NAE_ERA_R-2362_Emakeele_Selts, lk 92
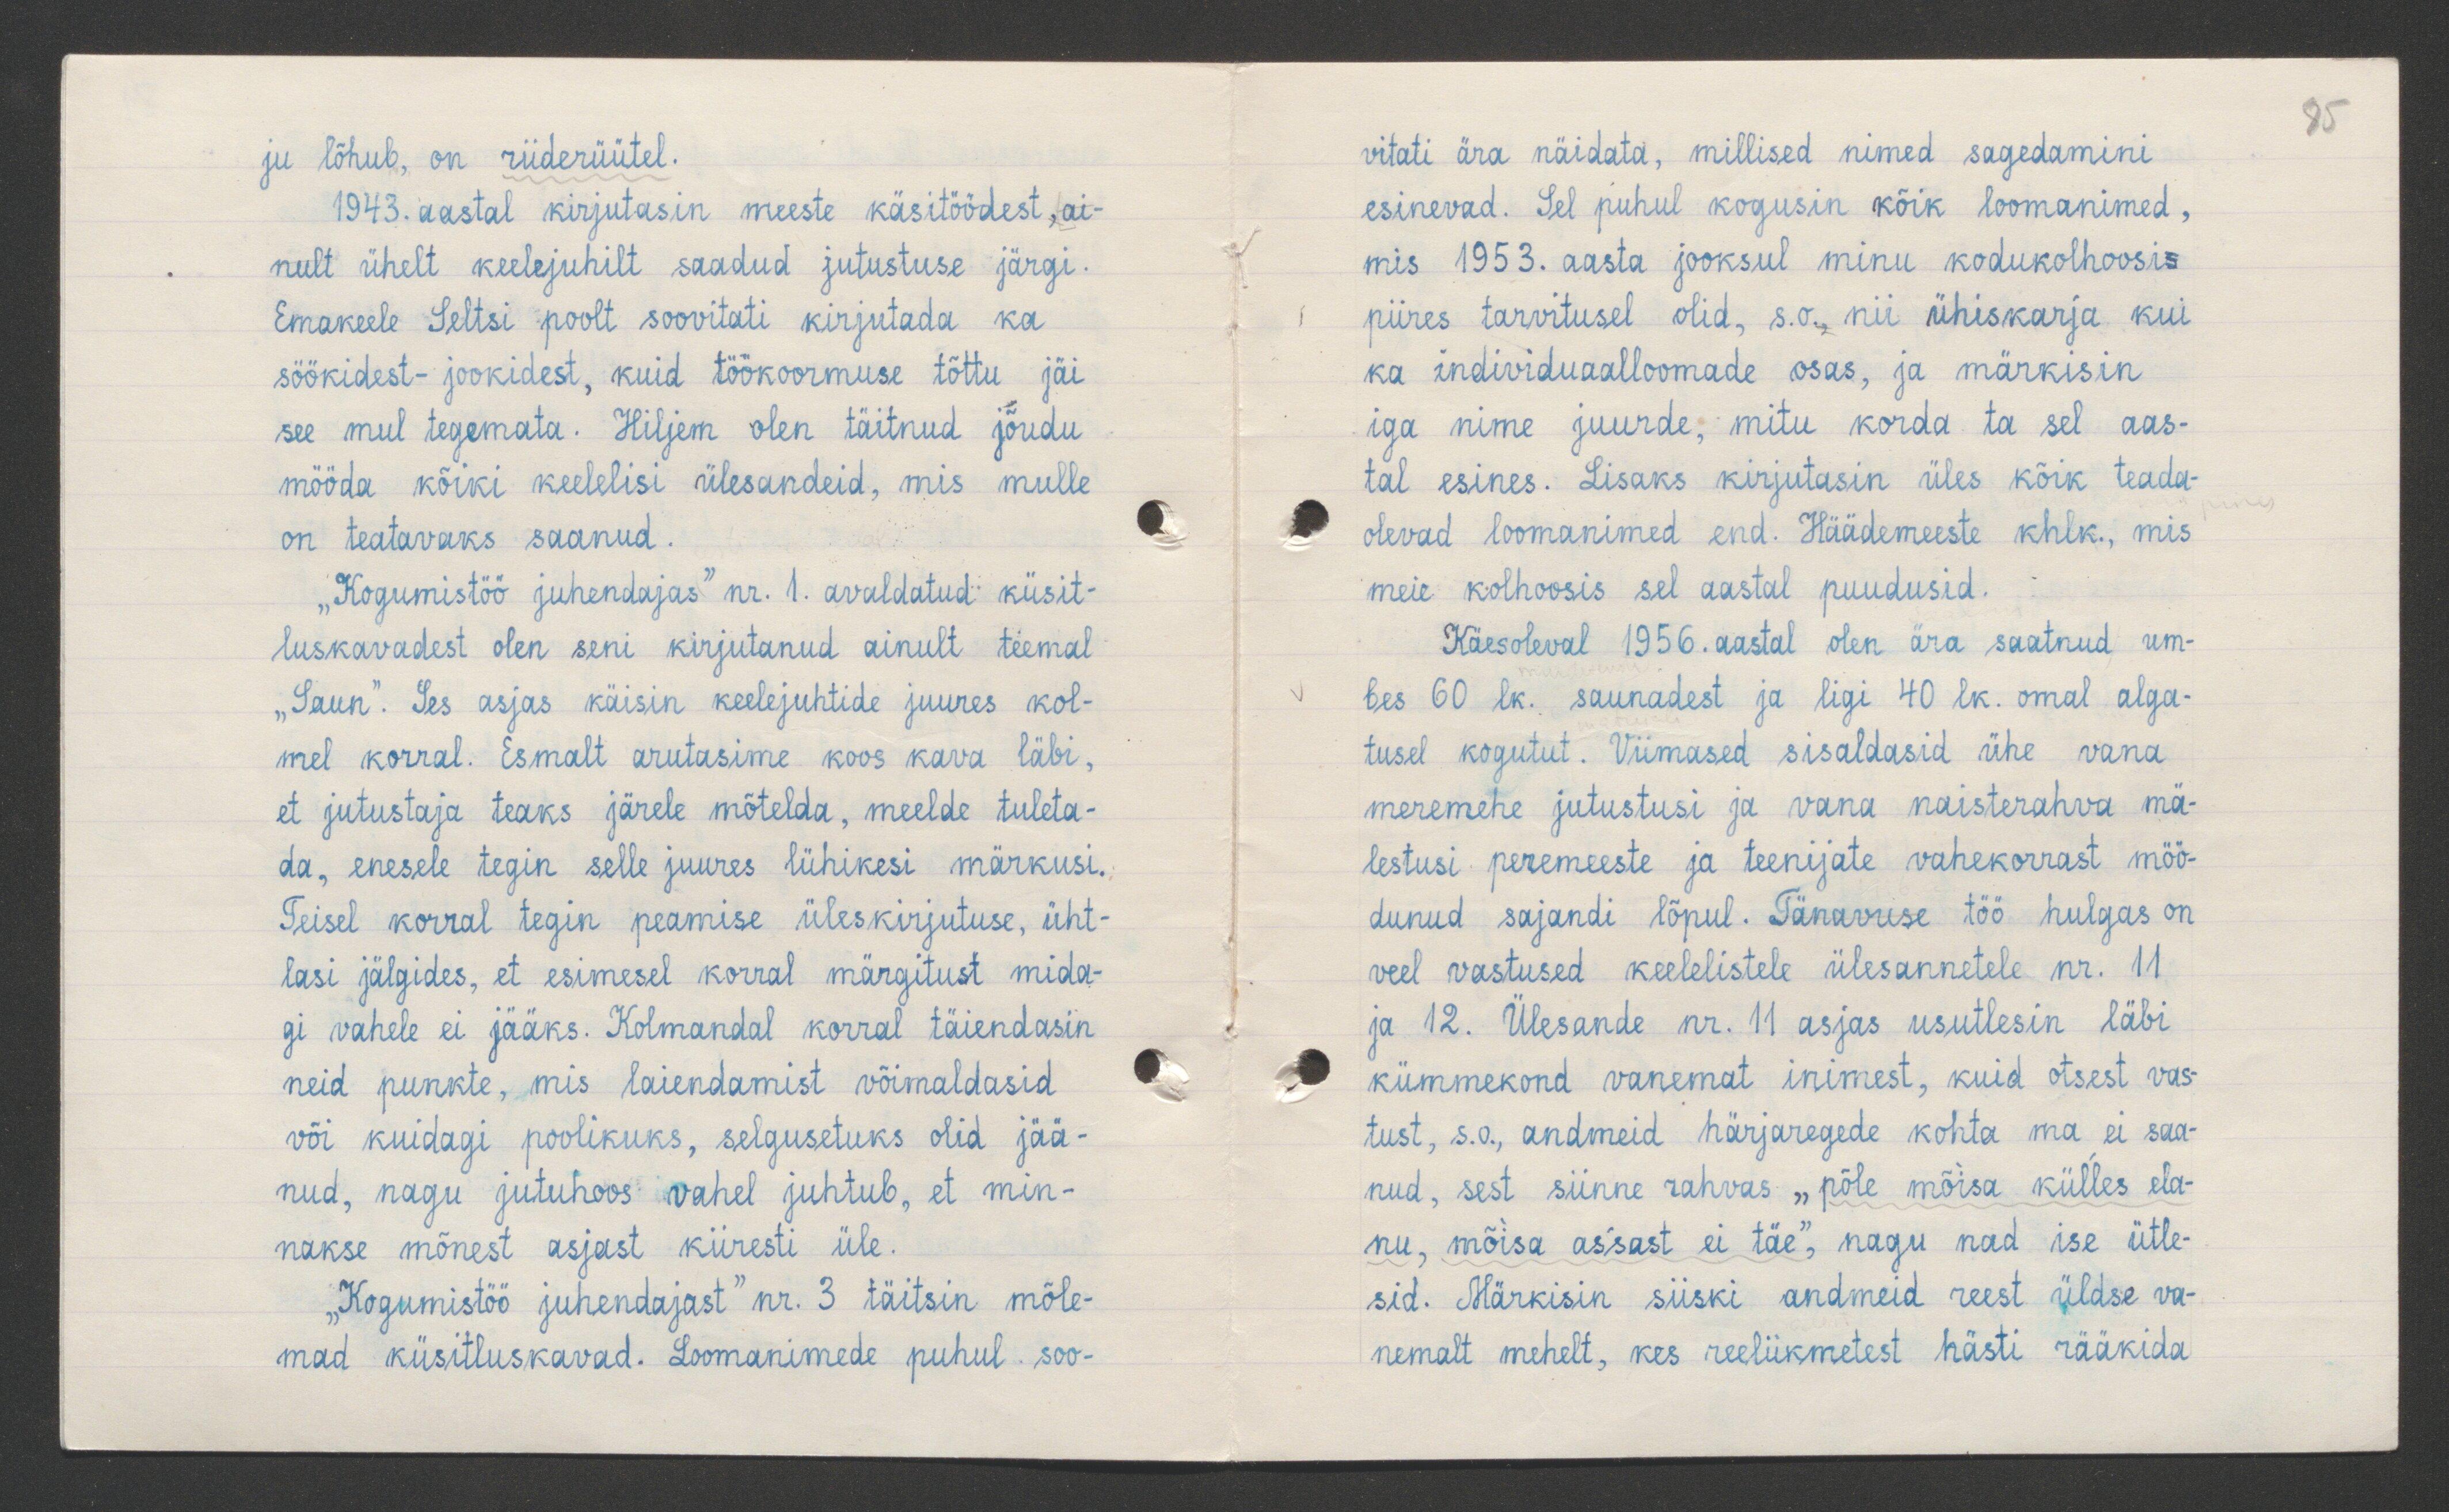
85

ju lõhub, on riiderüütel.
1943. aastal kirjutasin meeste käsitöödest, ai-
nult ühelt keelejuhilt saadud jutustuse järgi.
Emakeele Seltsi poolt soovitati kirjutada ka
söökidest-jookidest, kuid töökoormuse tõttu jäi
see mul tegemata. Hiljem olen täitnud jõudu
mööda kõiki keelelisi ülesandeid, mis mulle
on teatavaks saanud.
"Kogumistöö juhendajas" nr. 1. avaldatud küsit-
luskavadest olen seni kirjutanud ainult teemal
"Saun". See asjas käisin keelejuhtide juures kol-
mel korral. Esmalt arutasime koos kava läbi,
et jutustaja teaks järele mõtelda, meelde tuleta-
da, enesele tegin selle juures lühikesi märkusi.
Teisel korral tegin peamise üleskirjutuse, üht-
lasi jälgides, et esimesel korral märgitust mida-
gi vahele ei jääks. Kolmandal korral täiendasin
neid punkte, mis laiendamist võimaldasid
või kuidagi poolikuks, selgusetuks olid jää-
nud, nagu jutuhoos vahel juhtub, et min-
nakse mõnest asjast kiiresti üle.
"Kogumistöö juhendajast" nr. 3 täitsin mõle-
mad küsitluskavad. Loomanimede puhul soo-

vitati ära näidata, millised nimed sagedamini
esinevad. Sel puhul kogusin kõik loomanimed,
mis 1953. aasta jooksul minu kodukolhoosi
piires tarvitusel olid, s.o., nii ühiskarja kui
ka individuaalloomade osas, ja märkisin
iga nime juurde, mitu korda ta sel aas-
tal esines. Lisaks kirjutasin üles kõik teada-
olevad loomanimed end. Häädemeeste khlk., mis
meie kolhoosis sel aastal puudusid.
Käesoleval 1956. aastal olen ära saatnud um-
bes 60 lk. saunadest ja ligi 40 lk. omal alga-
tusel kogutut. Viimased sisaldasid ühe vana
meremehe jutustusi ja vana naisterahva mä-
lestusi peremeeste ja teenijate vahekorrast möö-
dunud sajandi lõpul. Tänavuse töö hulgas on
veel vastused keelelistele ülesannetele nr. 11
ja 12. Ülesande nr. 11 asjas usutlesin läbi
kümmekond vanemat inimest, kuid otsest vas-
tust, s.o., andmeid härjaregede kohta ma ei saa-
nud, sest siinne rahvas "põle mõisa külles ela-
nu, mõisa as`sast ei täe," nagu nad ise ütle-
sid. Märkisin siiski andmeid reest üldse va-
nemalt mehelt, kes reeliikmetest hästi rääkida